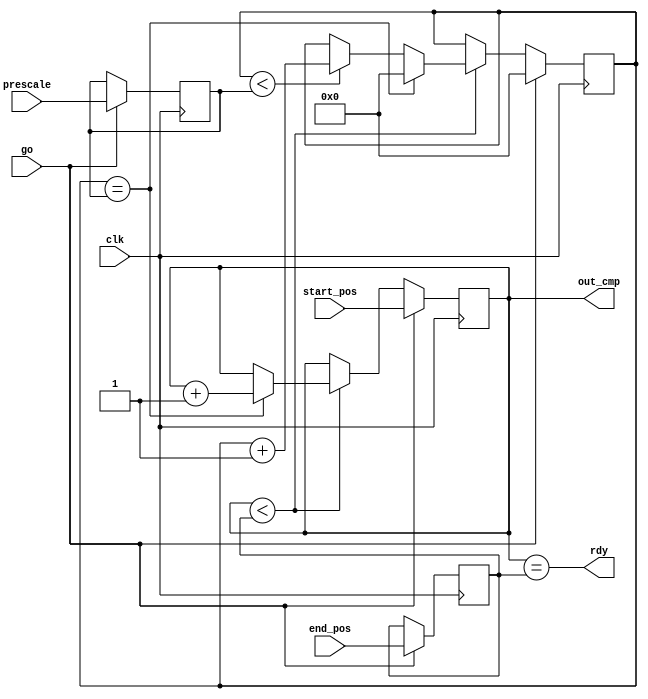
`timescale 1ns / 1ps

module servo_speed_control #(
    parameter CNTR_BITS = 16 
)(
    input [CNTR_BITS - 1:0] start_pos,
    input [CNTR_BITS - 1:0] end_pos,
    input [CNTR_BITS - 1:0] prescale,
    input go,
    input clk,
    
    output rdy,
    output [CNTR_BITS - 1:0] out_cmp
);
    
    reg [CNTR_BITS - 1:0] current;          // kimenethez tartozo regiszter
    reg [CNTR_BITS - 1:0] end_reg;          // vgllapotot tartalmaz regiszter
    reg [CNTR_BITS - 1:0] prescale_reg;     // prescale rtk regiszter
    reg [CNTR_BITS - 1:0] cntr;             // sebessgszablyzshoz rajloszt regiszter
    
    always@ (posedge clk) begin
            
        if(go) begin                        // go jelre beolvassuk a bemenetet
            
            current <= start_pos;
            end_reg <= end_pos;
            prescale_reg <= prescale;
            cntr <= 0;
            
        end else begin
            
            if(current < end_reg) begin     // ha a jelenlegi kimenet kisebb a clnl
                
                if(cntr < prescale_reg) begin   // rajelet prescalelnk
                    cntr <= cntr + 1;
                end
                
                if(cntr == prescale_reg) begin  // s osztott rajelre nveljk a kimenetet
                    cntr <= 0;
                    current = current + 1;
                end
                                
            end
            
        end
    
    end
    
    assign rdy = (current == end_reg);          // folyamatot befejeztk
    assign out_cmp = current;
    
endmodule